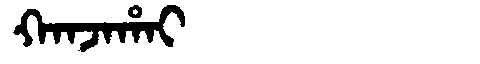
Manchu: ᡴᠠᠨᠵᠠᡥᠠᡳ
Romanization: KANJAHAI